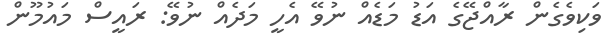
ވަކިވެގެން ރާއްޖޭގެ އަޑު މަޑެއް ނުވޭ އެހީ މަދެއް ނުވޭ: ރައީސް މައުމޫން